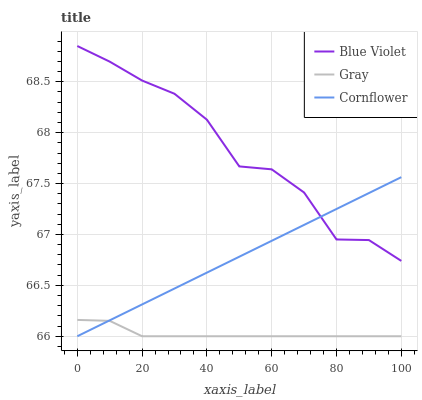
| xaxis_label | Blue Violet | Gray | Cornflower |
 | --- | --- | --- | --- |
 | 0 | 68.9 | 66.2 | 66 |
 | 10 | 68.7 | 66.2 | 66.2 |
 | 20 | 68.5 | 66 | 66.3 |
 | 30 | 68.4 | 66 | 66.5 |
 | 40 | 68.1 | 66 | 66.6 |
 | 50 | 67.7 | 66 | 66.8 |
 | 60 | 67.6 | 66 | 66.9 |
 | 70 | 67.4 | 66 | 67.1 |
 | 80 | 67 | 66 | 67.3 |
 | 90 | 66.9 | 66 | 67.4 |
 | 100 | 66.7 | 66 | 67.6 |